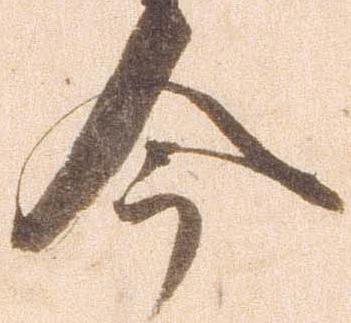
今